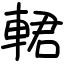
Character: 輑